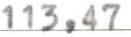
113,47